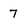
Character: 7